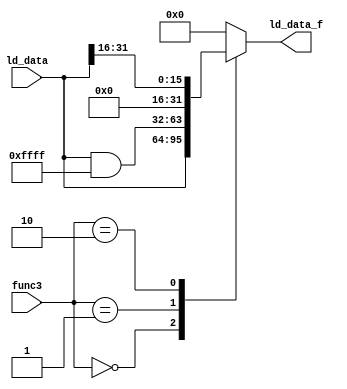
module LD_Filter ( 
    input [2:0] func3, 
    input [31:0] ld_data, 
    output [31:0] ld_data_f 
);

    always @(*) begin
        case(func3)
            3'b000: ld_data_f = ld_data; // b
            3'b001: ld_data_f = ld_data & 32'h0000FFFF; // h
            3'b010: ld_data_f = ld_data >> 16; // w
            default: ld_data_f = 32'b0;
        endcase
    end

endmodule